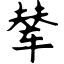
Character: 辇